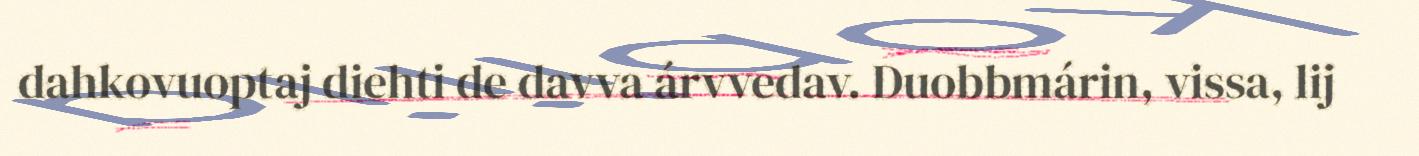
dahkovuoptaj diehti de davva árvvedav. Duobbmárin, vissa, lij